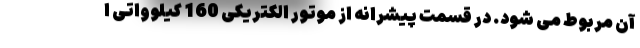
آن مربوط می شود. در قسمت پیشرانه از موتور الکتریکی 160 کیلوواتی ا